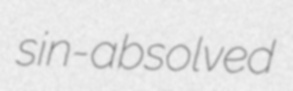
sin-absolved